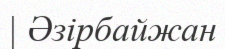
| Әзірбайжан